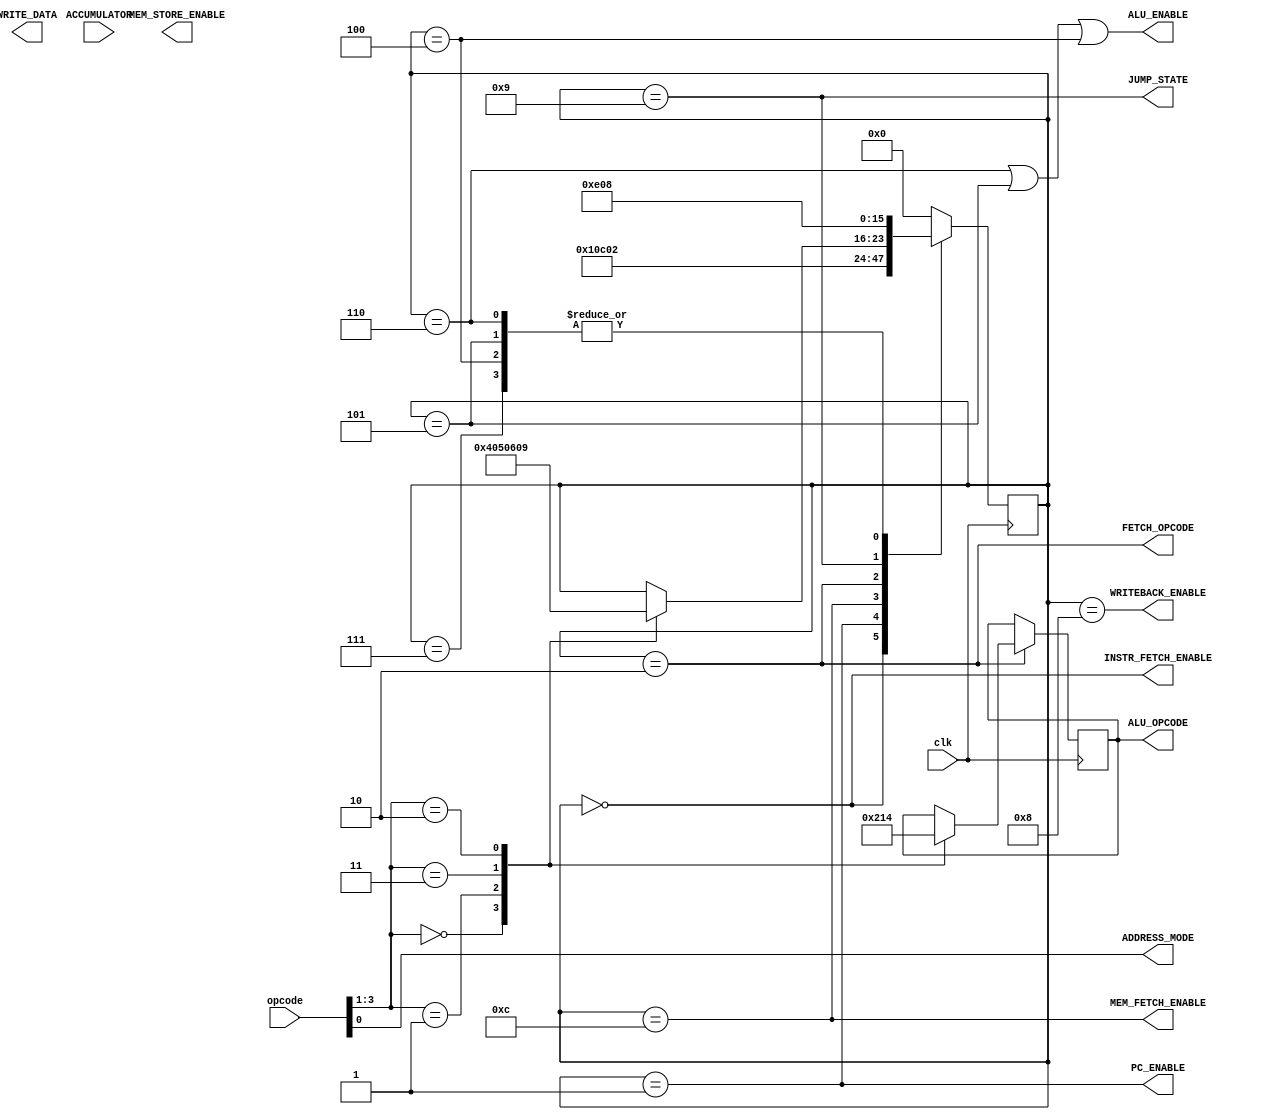
`timescale 1ns / 1ps

/* Control unit outputs enables for all registers and operations */
/* All those registers and operations are triggered on each clock cycle and check if they are enabled*/


module CU(
input clk,
input [3:0] opcode,     // opcode contains opcode and addressing mode
input ACCUMULATOR,
output[2:0] ALU_OPCODE,
output ALU_ENABLE,
output MEM_FETCH_ENABLE,
output INSTR_FETCH_ENABLE,
output MEM_STORE_ENABLE,
output PC_ENABLE,
output WRITEBACK_ENABLE,
output FETCH_OPCODE,
output ADDRESS_MODE,
output JUMP_STATE,
output WRITE_DATA
);
/* Control states */
`define STATE_LOAD_INSTR            'b00000         // Load instruction from memory
`define STATE_INCR_COUNTER          'b00001         // Increment program counter
`define STATE_DECODE_OPCODE         'b00010         // Fetch opcode state
`define STATE_ADD_ACCUM             'b00011         // Add MD register to AC
`define STATE_INVERT_ACCUM          'b00100         // Invert accumulator
`define STATE_ADD_CARRY             'b00101         // Add with carry
`define STATE_INCR_ACCUM            'b00110         // Increment accumulator by one
`define STATE_PASS_IN_B             'b00111         // pass input b for alu
`define STATE_WRITE_ACCUM           'b01000         // Write ALU output to accumulator

`define STATE_JPA                   'b01001         // Jump if AC greater than zero
`define STATE_FETCH_MEM             'b01010         // Fetch from memory
`define STATE_AM_INDIR              'b01011         // Set PC to IR
`define STATE_LOAD_MEM              'b01100         // Load value from data mem
`define STATE_STORE_MEM             'b01101         // Store into memory

`define STATE_STORE_PC              'b01110         // Store the PC

/* Opcodes */
`define INVERT          'b000
`define ADC             'b001
`define JPA             'b010
`define INCA            'b011
`define STA             'b100
`define LDA             'b101


/* ALU opcodes */
`define ALU_ADD 'b000       // ALU add
`define ALU_INVERT 'b001    // Invert AC
`define ALU_INCR 'b010      // Increment AC
`define PASS_IN_B 'b100     // pass input b

/* Local variables */
//wire ADDRESS_MODE;          // addressing mode


reg [7:0] STATE = `STATE_LOAD_INSTR; // Initial program state, load instruction from memory
reg [2:0] ALU_OP;                    // Local ALU opcode

/* Finite state machine */
always @ (posedge clk) begin
    case (STATE)
        `STATE_LOAD_INSTR: begin
            STATE <= `STATE_INCR_COUNTER;
        end
        `STATE_INCR_COUNTER: begin           
                STATE <= `STATE_LOAD_MEM;
        end
        /* Load value from memory if opcode isnt immediate*/
        `STATE_LOAD_MEM: begin
            STATE <= `STATE_DECODE_OPCODE;
        end
        
        /* OPCODE STATES */
        `STATE_DECODE_OPCODE: begin
            case (opcode[3:1])
                `INVERT: begin    // Invert accumulator
                    STATE <= `STATE_INVERT_ACCUM;
                    ALU_OP <= `ALU_INVERT;
                end
                
                `ADC: begin       // Add with carry                 
                    STATE <= `STATE_ADD_CARRY;
                    ALU_OP <= `ALU_ADD;
                end
                `INCA: begin      // Increment accum by one
                    STATE <= `STATE_INCR_ACCUM;
                    ALU_OP <= `ALU_INCR;
                end
                `JPA: begin     // Jump PC
                    STATE <= `STATE_JPA;
                    ALU_OP <= `PASS_IN_B;
                end
            endcase
        end
        
        
        /* Jump state */
        `STATE_JPA: begin
            STATE <= `STATE_STORE_PC;
        end
        
        `STATE_STORE_PC: begin
            STATE <= `STATE_LOAD_INSTR;
        end
        /* Certain ALU states go to writeback */
        `STATE_INVERT_ACCUM: begin          
            STATE <= `STATE_WRITE_ACCUM;
        end
        `STATE_ADD_CARRY: begin
            STATE <= `STATE_WRITE_ACCUM;
            
        end
        `STATE_INCR_ACCUM: begin
            STATE <= `STATE_WRITE_ACCUM;
            
        end
        `STATE_PASS_IN_B: begin
            STATE <= `STATE_WRITE_ACCUM;    // Write accum and reset to 0
            
        end

        /* Reset states */
        `STATE_WRITE_ACCUM: begin
            STATE <= `STATE_LOAD_INSTR;
        end
        
        default: STATE <= `STATE_LOAD_INSTR;    // In th event of an unknown error
    endcase
         
end     

/* Assign enables depending on current state*/  
assign ALU_OPCODE = ALU_OP;                                                                                     // Assign ALU opcode to output
assign INSTR_FETCH_ENABLE = (STATE == `STATE_LOAD_INSTR);                                                       // Enable the circuit to fetch an instruction from memory
assign ALU_ENABLE = (STATE == `STATE_INCR_ACCUM | STATE == `STATE_ADD_CARRY | STATE == `STATE_INVERT_ACCUM);    // Enable ALU
assign PC_ENABLE  = (STATE == `STATE_INCR_COUNTER);
assign WRITEBACK_ENABLE = (STATE == `STATE_WRITE_ACCUM);
assign FETCH_OPCODE = (STATE == `STATE_DECODE_OPCODE);
assign MEM_FETCH_ENABLE = (STATE == `STATE_LOAD_MEM);

assign JUMP_STATE = (STATE == `STATE_JPA);
assign ADDRESS_MODE = opcode[0];
endmodule